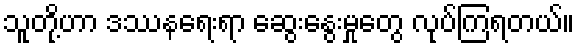
သူတို့ဟာ ဒဿနရေးရာ ဆွေးနွေးမှုတွေ လုပ်ကြရတယ်။